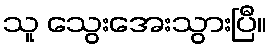
သူ သွေးအေးသွားပြီ။